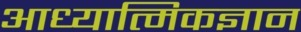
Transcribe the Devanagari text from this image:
आध्यात्मिकज्ञान